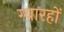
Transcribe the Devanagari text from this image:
ग्यारहों